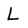
Character: L